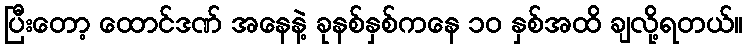
ပြီးတော့ ထောင်ဒဏ် အနေနဲ့ ခုနစ်နှစ်ကနေ ၁၀ နှစ်အထိ ချလို့ရတယ်။